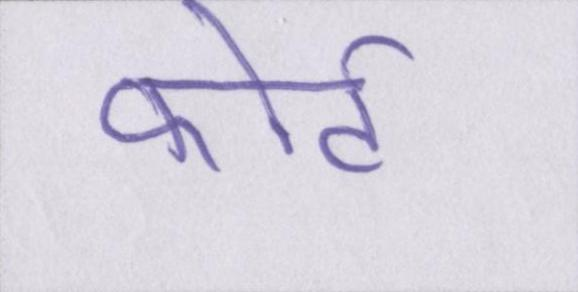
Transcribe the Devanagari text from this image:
फोर्ट